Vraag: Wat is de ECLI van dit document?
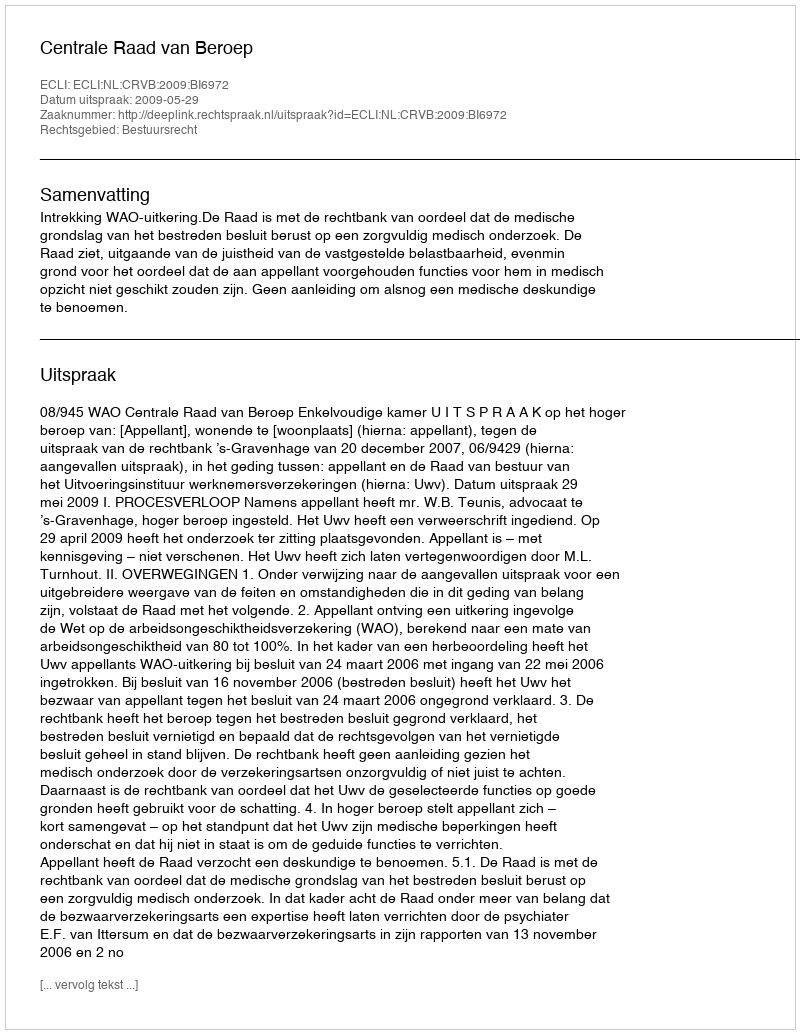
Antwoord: ECLI:NL:CRVB:2009:BI6972